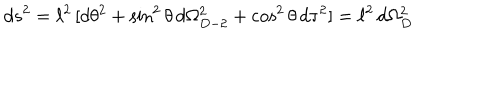
d s ^ { 2 } = \ell ^ { 2 } \, [ d \theta ^ { 2 } + \sin ^ { 2 } \theta \, d \Omega _ { D - 2 } ^ { 2 } + \cos ^ { 2 } \theta \, d \tau ^ { 2 } ] = \ell ^ { 2 } \, d \Omega _ { D } ^ { 2 }